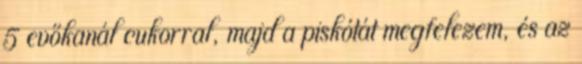
5 evőkanál cukorral, majd a piskótát megfelezem, és az